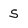
Character: 5